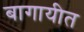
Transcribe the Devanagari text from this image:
बागायीत